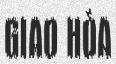
GIAO HÒA